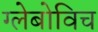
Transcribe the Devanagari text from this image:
ग्लेबोविच